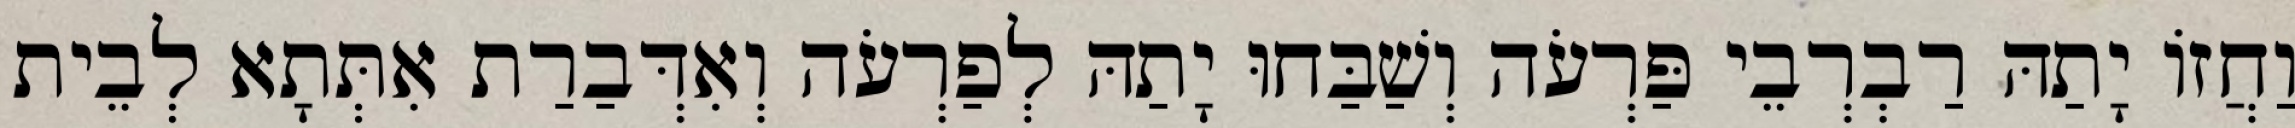
וַחֲזוֹ יָתַהּ רַבְרְבֵי פַּרְעֹה וְשַׁבַּחוּ יָתַהּ לְפַרְעֹה וְאִדְּבַרַת אִתְּתָא לְבֵית